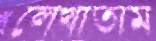
লেখাতাম